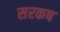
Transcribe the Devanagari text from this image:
सरकष